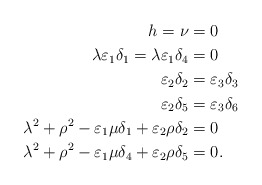
\begin{align*}h=\nu&=0\\\lambda\varepsilon_1\delta_1=\lambda\varepsilon_1\delta_4&=0\\\varepsilon_2\delta_2&=\varepsilon_3\delta_3\\\varepsilon_2\delta_5&=\varepsilon_3\delta_6\\\lambda^2+\rho^2-\varepsilon_1\mu\delta_1+\varepsilon_2\rho\delta_2&=0\\\lambda^2+\rho^2-\varepsilon_1\mu\delta_4+\varepsilon_2\rho\delta_5&=0.\end{align*}